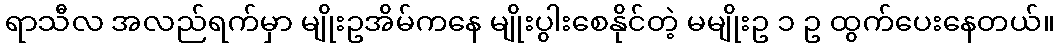
ရာသီလ အလည်ရက်မှာ မျိုးဥအိမ်ကနေ မျိုးပွါးစေနိုင်တဲ့ မမျိုးဥ ၁ ဥ ထွက်ပေးနေတယ်။